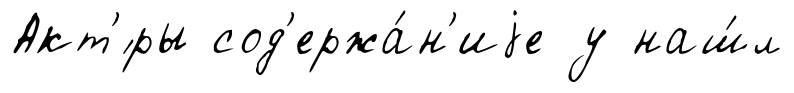
Акт'́ры сод'ержа́н'иjе у наш́л